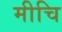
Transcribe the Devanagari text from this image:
मीचि